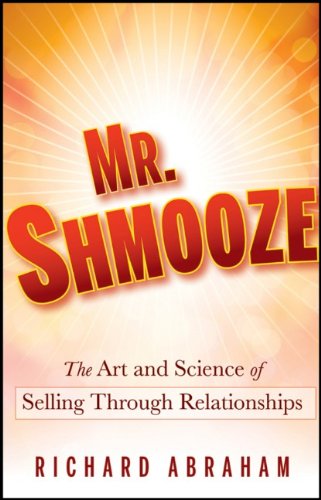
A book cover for Mr. Shmooze: The Art and Science of Selling Through Relationships; Richard Abraham; Business & Money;